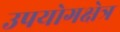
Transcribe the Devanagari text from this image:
उपयोगक्षेत्र